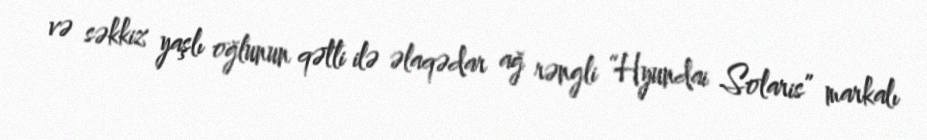
və səkkiz yaşlı oğlunun qətli ilə əlaqədar ağ rəngli “Hyundai Solaris” markalı